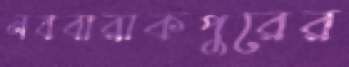
নববারাকপুরের